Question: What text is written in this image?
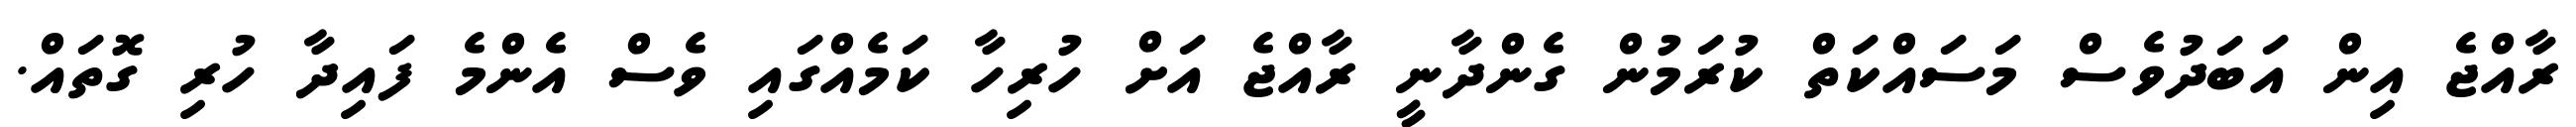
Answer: ރާއްޖެ އިން އަބަދުވެސް މަސައްކަތް ކުރަމުން ގެންދާނީ ރާއްޖެ އަށް ހުރިހާ ކަމެއްގައި ވެސް އެންމެ ފައިދާ ހުރި ގޮތައް.